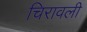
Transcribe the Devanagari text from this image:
चिरावली